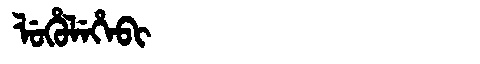
Manchu: ᠯᡠᡥᡠᠯᡝᡥᡝᠪᡳ
Romanization: LUHULEHEBI